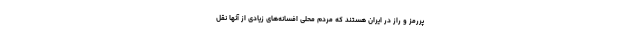
پررمز و راز در ایران هستند که مردم محلی افسانه‌های زیادی از آنها نقل